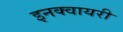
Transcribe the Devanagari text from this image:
इनक्वायरी